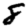
Digit: 8